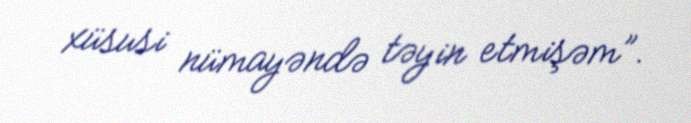
xüsusi nümayəndə təyin etmişəm”.